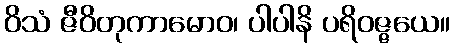
ဝိသံ ဇီဝိတုကာမောဝ၊ ပါပါနိ ပရိဝဇ္ဇယေ။